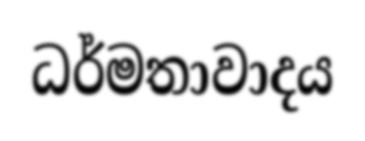
ධර්මතාවාදය